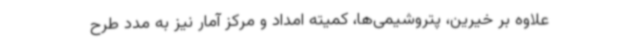
علاوه بر خیرین، پتروشیمی‌ها، کمیته امداد و مرکز آمار نیز به مدد طرح